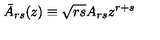
\bar { A } _ { r s } ( z ) \equiv \sqrt { r s } A _ { r s } z ^ { r + s }